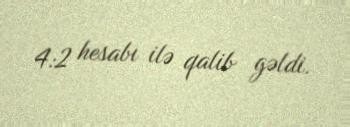
4:2 hesabı ilə qalib gəldi.